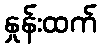
နှုန်းထက်